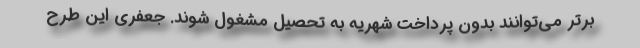
برتر می‌توانند بدون پرداخت شهریه به تحصیل مشغول شوند. جعفری این طرح